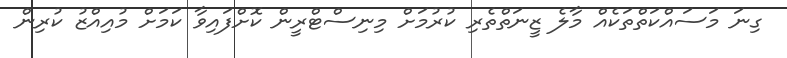
ގިނަ މަސައްކަތްތަކެއް މާލެ ޒީނަތްތެރި ކުުރުމަށް މިނިސްޓްރީން ކޮށްފައިވާ ކަމަށް މުއިއްޒު ކުރިން